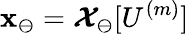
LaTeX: \mathbf{x}_{\ominus}=\boldsymbol{\mathcal{X}}_{\ominus}[U^{(m)}]